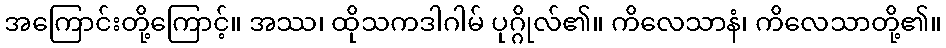
အကြောင်းတို့ကြောင့်။ အဿ၊ ထိုသကဒါဂါမ် ပုဂ္ဂိုလ်၏။ ကိလေသာနံ၊ ကိလေသာတို့၏။